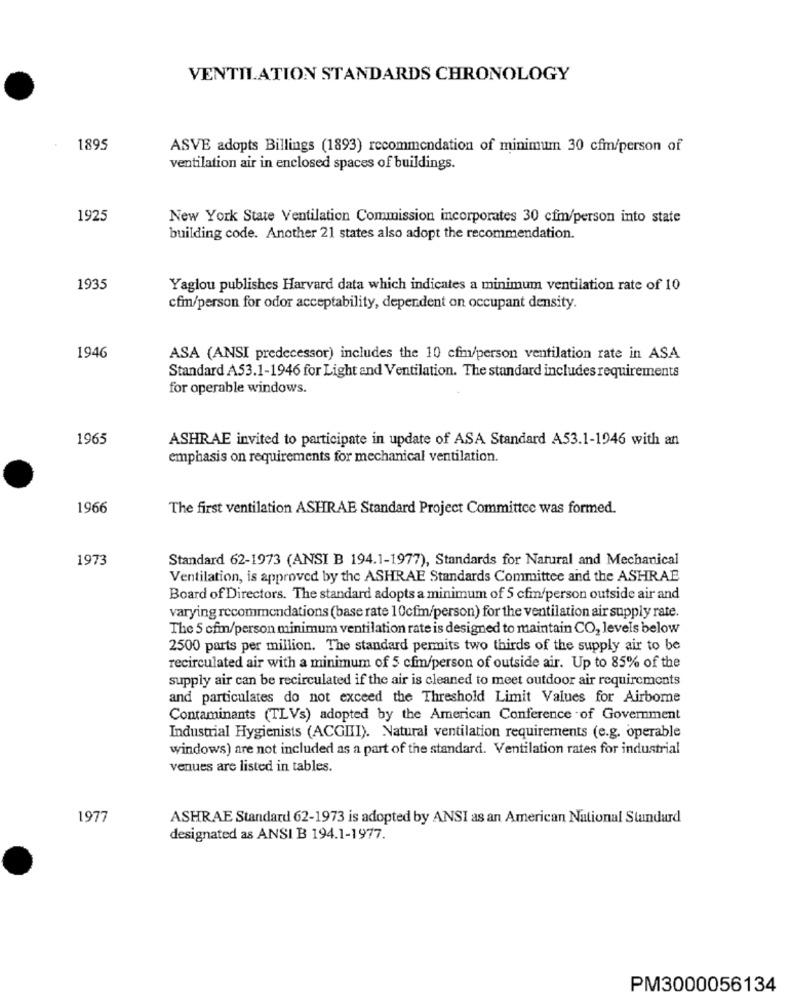
VENTILATION STANDARDS CHRONOLOGY
1895
ASVE adopts Billings (1893) recommendation of minimum 30 cfm/person of
ventilation air in enclosed spaces of buildings.
1925
New York State Ventilation Commission incorporates 30 cfm/person into state
building code. Another 21 states also adopt the recommendation.
1935
Yaglou publishes Harvard data which indicates a minimum ventilation rate of 10
cfm/person for odor acceptability, dependent on occupant density.
1946
ASA (ANSI predecessor) includes the 10 cfim/person ventilation rate in ASA
Standard A53.1-1946 for Light and Ventilation. The standard includes requirements
for operable windows.
1965
ASHRAE invited to participate in update of ASA Standard A53.1-1946 with an
emphasis on requirements for mechanical ventilation.
1966
The first ventilation ASHRAE Standard Project Committee was formed.
1973
Standard 62-1973 (ANSI B 194.1-1977), Standards for Natural and Mechanical
Ventilation, is approved by the ASHRAE Standards Committee and the ASHRAE
Board of Directors. The standard adopts a minimum of 5 cfm/person outside air and
varying recommendations (base rate 10cfm/person) for the ventilation air supply rate.
The 5 cfmn/person minimum ventilation rate is designed to maintain CO, levels below
2500 parts per million. The standard permits two thirds of the supply air to be
recirculated air with a minimum of 5 cfm/person of outside air. Up to 85% of the
supply air can be recirculated if the air is cleaned to meet outdoor air requirements
and particulates do not exceed the Threshold Limit Values for Airborne
Contaminants (TLVs) adopted by the American Conference of Government
Industrial Hygienists (ACGIII). Natural ventilation requirements (e.g. operable
windows) are not included as a part of the standard. Ventilation rates for industrial
venues are listed in tables.
1977
ASHRAE Standard 62-1973 is adopted by ANSI as an American National Standard
designated as ANSI B 194.1-1977.
PM3000056134